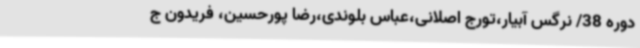
دوره 38/ نرگس آبیار،تورج اصلانی،عباس بلوندی،رضا پورحسین، فریدون ج